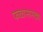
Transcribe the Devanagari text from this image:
फळासारख्या